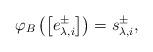
LaTeX: \begin{align*} \varphi_B \left( \left[ e_{\lambda,i}^\pm \right] \right) = s_{\lambda,i}^\pm, \end{align*}